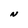
Character: N